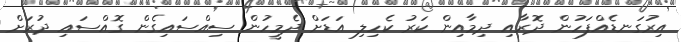
އިރުގަނޑެއްފަހުން ދޮރާއި ދިމާއިން ކަރު ކެހިލި އަޑަށް ދެމީހުން ސިއްސައިގެން ގޮއްސައި ދުރަށް